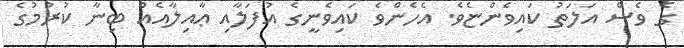
ގެ ވެސް އަލަތު ކައިވެންޏެވެ. އެހެންވެ ކައިވެނީގެ އުފަލާއި ޢާއިލާއެއް ބިނާ ކުރުމުގެ